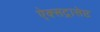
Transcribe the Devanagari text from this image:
ऐक्सट्रासेप्ट